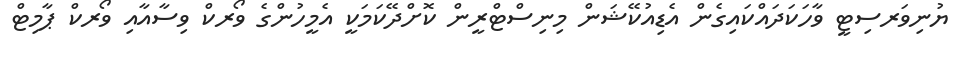
ޔުނިވަރސިޓީ ވާހަކަދައްކައިގެން އެޑިއުކޭޝަން މިނިސްޓްރީން ކޮށްދޭކަމަކީ އެމީހުންގެ ވޯރކް ވިސާއާއި ވޯރކް ޕާމިޓް